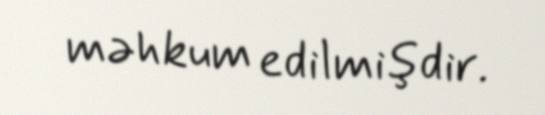
məhkum edilmişdir.